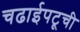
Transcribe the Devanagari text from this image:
चढाईपटूची